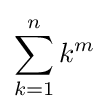
\sum _{k=1}^{n}k^{m}